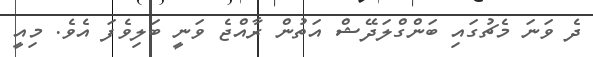
ދެ ވަނަ މެޗުގައި ބަންގްލަދޭޝް އަތުން ރާއްޖެ ވަނީ ބަލިވެފަ އެވެ. މިއީ